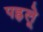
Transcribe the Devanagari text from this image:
पह्रूले